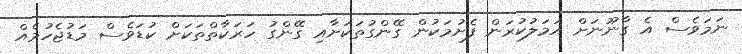
ނަމަވެސް އެ ގާނޫނަށް އަމަލުކުރަން ފެށުމަކުން ގޭންގުތަކަށާއި ގޭންގު ހަރަކާތްތަކަށް ކުޑަވެސް މަޑުޖެހުމެއް